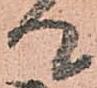
て